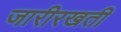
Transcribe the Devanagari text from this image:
जारीरखती